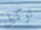
توكيل